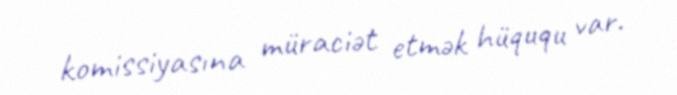
komissiyasına müraciət etmək hüququ var.